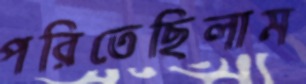
পরিতেছিলাম